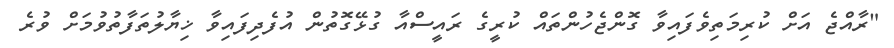
"ރާއްޖެ އަށް ކުރިމަތިވެފައިވާ ގޮންޖެހުންތައް ކުރީގެ ރައީސްއާ ގުޅޭގޮތުން އުފެދިފައިވާ ޚިޔާލުތަފާތުވުމަށް ވުރެ